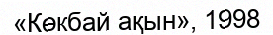
«Көкбай ақын», 1998